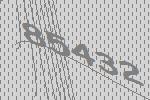
85432